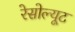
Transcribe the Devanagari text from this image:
रेसोल्यूट